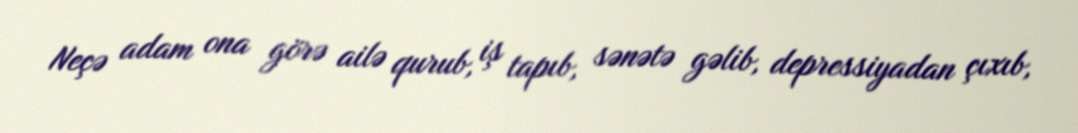
Neçə adam ona görə ailə qurub, iş tapıb, sənətə gəlib, depressiyadan çıxıb,